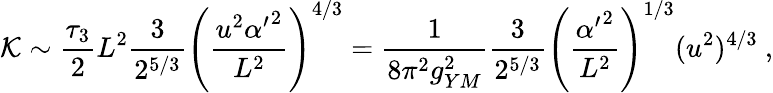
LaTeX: \mathcal{K}\sim\frac{{\tau_{3}}}{{2}}L^{2}\frac{{3}}{{2^{5/3}}}\left(\frac{{u^{2}{\alpha^{\prime}}^{2}}}{{L^{2}}}\right)^{4/3}=\frac{{1}}{{8\pi^{2}g_{YM}^{2}}}\frac{{3}}{{2^{5/3}}}\left(\frac{{{\alpha^{\prime}}^{2}}}{{L^{2}}}\right)^{1/3}(u^{2})^{4/3}\ ,